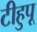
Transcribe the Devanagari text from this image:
टीहुपू